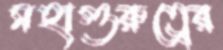
মহাগুরুত্বের